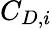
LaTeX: C_{D,i}